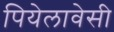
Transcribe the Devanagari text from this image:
पियेलावेसी